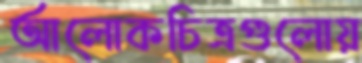
আলোকচিত্রগুলোয়